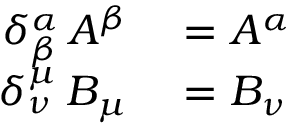
\begin{array} { r l } { \delta _ { \beta } ^ { \alpha } \, A ^ { \beta } } & { { } = A ^ { \alpha } } \\ { \delta _ { \nu } ^ { \mu } \, B _ { \mu } } & { { } = B _ { \nu } \, } \end{array}